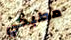
مطبخي